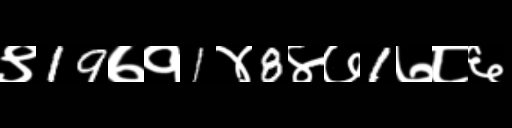
Text: ९19७१1४8४७1७८६